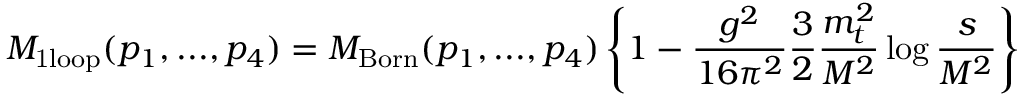
{ \cal M } _ { \mathrm { 1 l o o p } } ( p _ { 1 } , . . . , p _ { 4 } ) = { \cal M } _ { \mathrm { B o r n } } ( p _ { 1 } , . . . , p _ { 4 } ) \left\{ 1 - \frac { g ^ { 2 } } { 1 6 \pi ^ { 2 } } \frac { 3 } { 2 } \frac { m _ { t } ^ { 2 } } { M ^ { 2 } } \log \frac { s } { M ^ { 2 } } \right\}